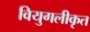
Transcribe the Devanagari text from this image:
वियुगलीकृत